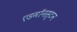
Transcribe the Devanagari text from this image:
एडमॉनस्टन